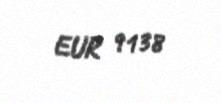
EUR 9138